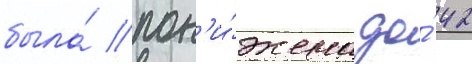
была́ пон'и́жена до́ 42